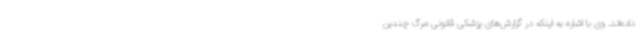
داده‌اند. وی با اشاره به اینکه در گزارش‌های پزشکی قانونی مرگ چندین